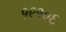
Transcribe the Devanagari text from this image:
१९१०६